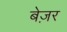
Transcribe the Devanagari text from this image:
बेज़र